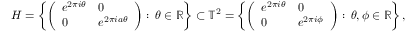
H = \left\{ \left( { \begin{array} { l l } { e ^ { 2 \pi i \theta } } & { 0 } \\ { 0 } & { e ^ { 2 \pi i a \theta } } \end{array} } \right) : \, \theta \in \mathbb { R } \right\} \subset \mathbb { T } ^ { 2 } = \left\{ \left( { \begin{array} { l l } { e ^ { 2 \pi i \theta } } & { 0 } \\ { 0 } & { e ^ { 2 \pi i \phi } } \end{array} } \right) : \, \theta , \phi \in \mathbb { R } \right\} ,